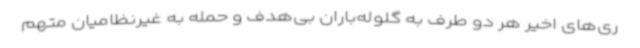
ری‌های اخیر هر دو طرف به گلوله‌باران بی‌هدف و حمله به غیرنظامیان متهم